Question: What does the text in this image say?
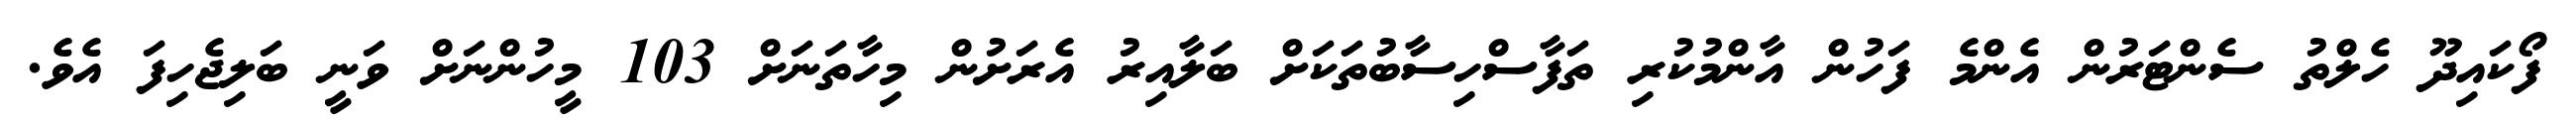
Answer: ފޯކައިދޫ ހެލްތު ސެންޓަރުން އެންމެ ފަހުން އާންމުކުރި ތަފާސްހިސާބުތަކަށް ބަލާއިރު އެރަށުން މިހާތަނަށް 103 މީހުންނަށް ވަނީ ބަލިޖެހިފަ އެވެ.